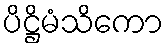
ပိဋ္ဌိမံသိကော